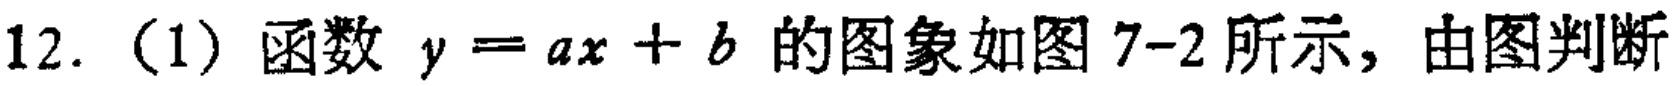
12.（1）函数 \(y = ax + b\) 的图象如图7-2所示，由图判断